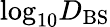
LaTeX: \mathrm{log}_{10}D_{\mathrm{BS}}